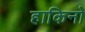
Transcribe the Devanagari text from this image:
हाकिनो